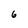
Character: 6